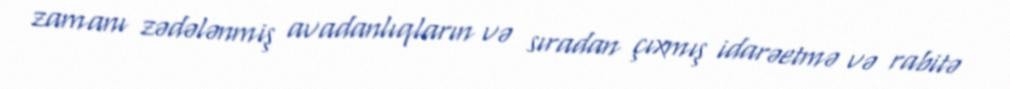
zamanı zədələnmiş avadanlıqların və sıradan çıxmış idarəetmə və rabitə